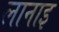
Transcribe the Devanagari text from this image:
लानाइ